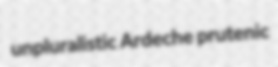
unpluralistic Ardeche prutenic